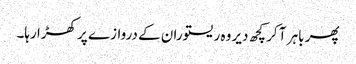
پھر باہر آ کر کچھ دیر وہ ریستوران کے دروازے پر کھڑا رہا۔